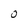
Character: O